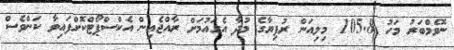
ނޮވެމްބަރު މަހު 105.8 މިލިއަން ރުފިޔާގެ މުދާ އެގައުމަށް ރާއްޖެއިން އެކްސްޕޯޓްކޮށްފައިވާ ކަންވެސް